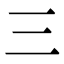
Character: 三